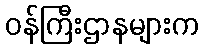
ဝန်ကြီးဌာနများက